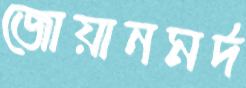
জোয়ানমর্দ